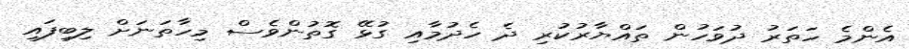
އެންމެ ހަތަރު ދުވަހުން ތައްޔާރުކުރި ދެ ހެދުމާއި ގުޅޭ ގޮތުންވެސް މިހާތަނަށް ލިބިފައި